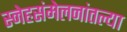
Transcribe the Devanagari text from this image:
स्नेहसंमेलनांतल्या